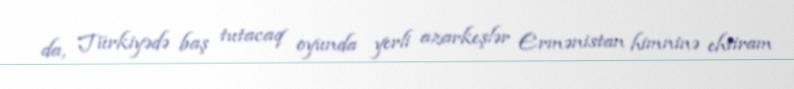
da, Türkiyədə baş tutacaq oyunda yerli azarkeşlər Ermənistan himninə ehtiram